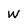
Character: W